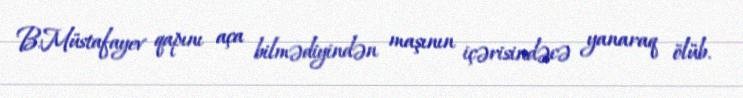
B.Müstafayev qapını aça bilmədiyindən maşının içərisindəcə yanaraq ölüb.